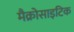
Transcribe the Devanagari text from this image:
मैक्रोसाइटिक